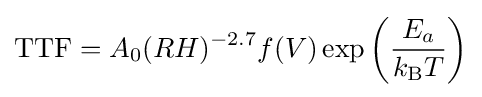
{\text{TTF}}=A_{0}(RH)^{-2.7}f(V)\exp \left({\frac {E_{a}}{k_{\text{B}}T}}\right)